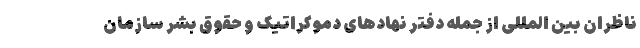
ناظران بین المللی از جمله دفتر نهادهای دموکراتیک و حقوق بشر سازمان